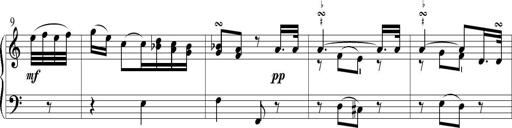
Title: 6 Leichte Sonatinen, Teil 1
Composer: F. Sigismund Sander